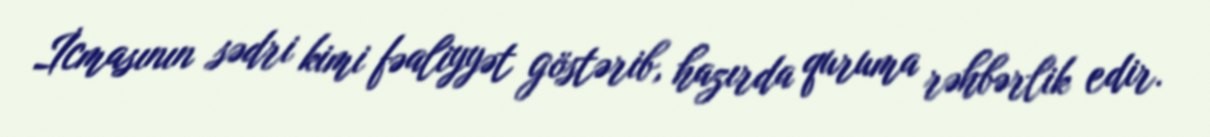
İcmasının sədri kimi fəaliyyət göstərib, hazırda quruma rəhbərlik edir.